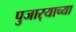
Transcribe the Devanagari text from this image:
पुजार्‍याच्या